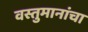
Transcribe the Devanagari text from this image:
वस्तुमानांचा